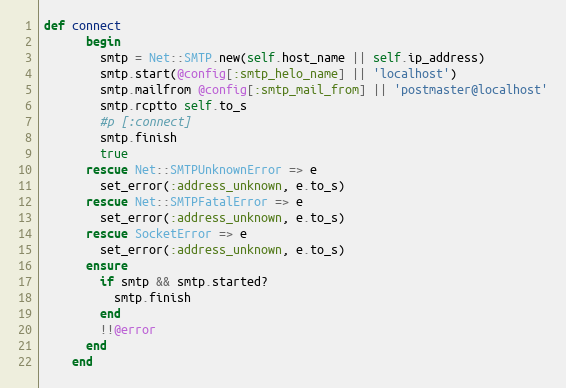
Language: Ruby
def connect
      begin
        smtp = Net::SMTP.new(self.host_name || self.ip_address)
        smtp.start(@config[:smtp_helo_name] || 'localhost')
        smtp.mailfrom @config[:smtp_mail_from] || 'postmaster@localhost'
        smtp.rcptto self.to_s
        #p [:connect]
        smtp.finish
        true
      rescue Net::SMTPUnknownError => e
        set_error(:address_unknown, e.to_s)
      rescue Net::SMTPFatalError => e
        set_error(:address_unknown, e.to_s)
      rescue SocketError => e
        set_error(:address_unknown, e.to_s)
      ensure
        if smtp && smtp.started?
          smtp.finish
        end
        !!@error
      end
    end